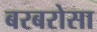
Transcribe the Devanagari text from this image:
बरबरोसा